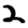
Digit: 2